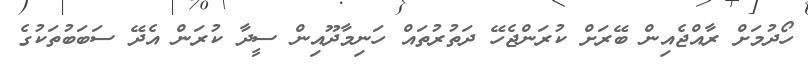
ހޯދުމަށް ރާއްޖެއިން ބޭރަށް ކުރަންޖެހޭ ދަތުރުތައް ހަނިމާދޫއިން ސީދާ ކުރަން އެދޭ ސަބަބުތަކުގެ